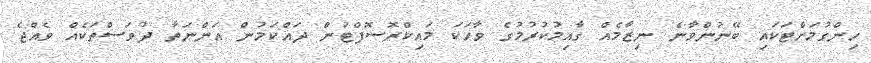
ހިންގުމަށްޓަކައި ބޭނުންވާނެ ނިޒާމެއް ގާއިމުކުރުމުގެ ވާހަކަ މައިކްރޮސޮފްޓުން ދައްކަމުން އަންނަތާ ދުވަސްތަކެއް ވެއްޖެ